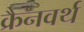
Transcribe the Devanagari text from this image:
क्रैनवर्थ